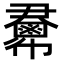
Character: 𢑺